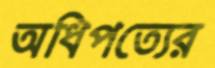
অধিপত্যের